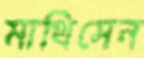
মাথিসেন